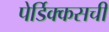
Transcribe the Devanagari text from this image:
पेर्डिक्कसची